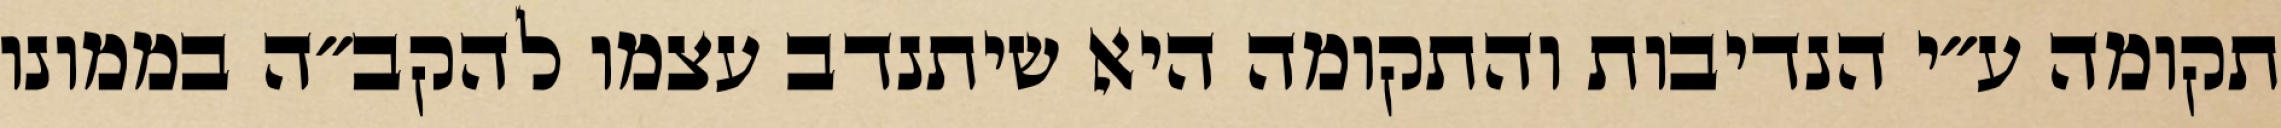
תקומה ע״י הנדיבות והתקומה היא שיתנדב עצמו להקב״ה בממונו